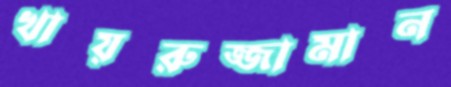
খায়রুজ্জামান